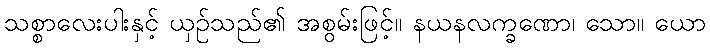
သစ္စာလေးပါးနှင့် ယှဉ်သည်၏ အစွမ်းဖြင့်။ နယနလက္ခဏော၊ သော။ ယော